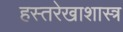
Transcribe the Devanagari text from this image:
हस्तरेखाशास्त्र